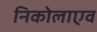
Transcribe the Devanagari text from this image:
निकोलाएव